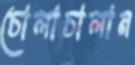
চোলাচালান